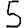
Digit: 5